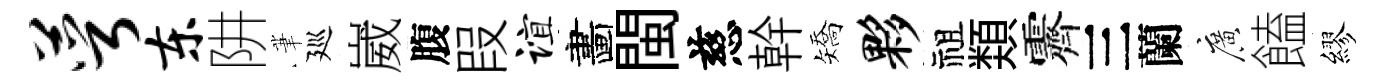
萼东阱茟廵崴腹叚谊畵閩慈幹矯夥祖𩔖霽三蘭廣饁繆